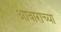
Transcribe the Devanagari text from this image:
आवाराच्या